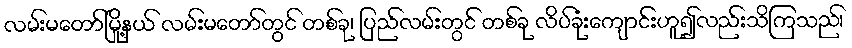
လမ်းမတော်မြို့နယ် လမ်းမတော်တွင် တစ်ခု၊ ပြည်လမ်းတွင် တစ်ခု လိပ်ခုံးကျောင်းဟူ၍လည်းသိကြသည်၊